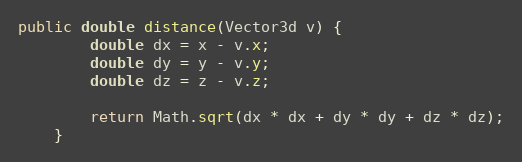
Language: Java
public double distance(Vector3d v) {
        double dx = x - v.x;
        double dy = y - v.y;
        double dz = z - v.z;

        return Math.sqrt(dx * dx + dy * dy + dz * dz);
    }